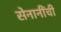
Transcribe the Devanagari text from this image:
सेनानींची